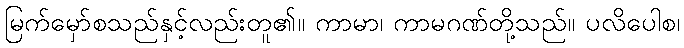
မြက်မှော်စသည်နှင့်လည်းတူ၏။ ကာမာ၊ ကာမဂဏ်တို့သည်။ ပလိပေါစ၊